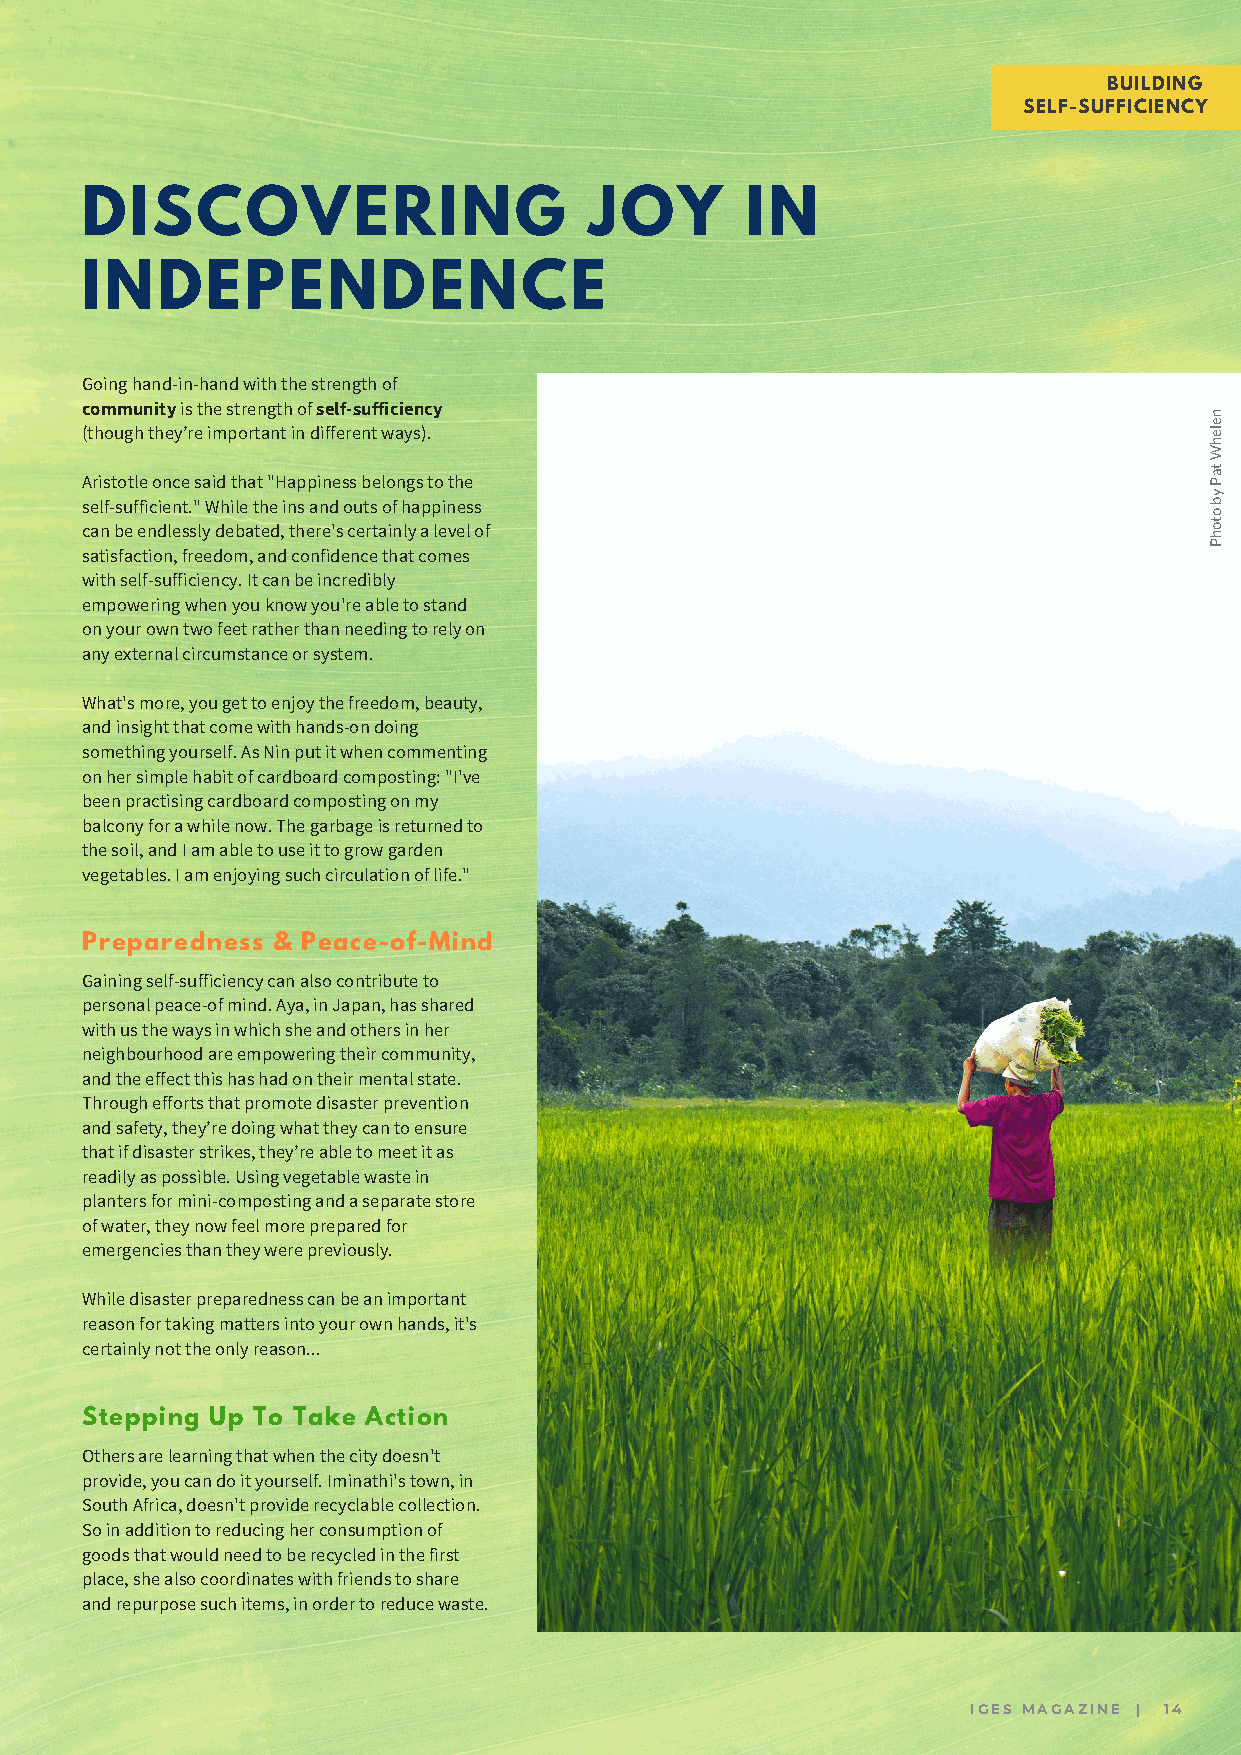
BUILDING
 SELF-SUFFICIENCY
 DISCOVERING                       JOY       IN
 INDEPENDENCE
 Going hand-in-hand with the strength of
 community is the strength of self-sufficiency
 n
 e
 (though they’re important in different ways).                              el
 h
 W
 Aristotle once said that "Happiness belongs to the
 Pat
 y
 self-sufficient." While the ins and outs of happiness
 o
 b
 can be endlessly debated, there's certainly a level of
 hot
 P
 satisfaction, freedom, and confidence that comes
 with self-sufficiency. It can be incredibly
 empowering when you know you're able to stand
 on your own two feet rather than needing to rely on
 any external circumstance or system.
 What's more, you get to enjoy the freedom, beauty,
 and insight that come with hands-on doing
 something yourself. As Nin put it when commenting
 on her simple habit of cardboard composting: "I've
 been practising cardboard composting on my
 balcony for a while now. The garbage is returned to
 the soil, and I am able to use it to grow garden
 vegetables. I am enjoying such circulation of life."
 Preparedness & Peace-of-Mind
 Gaining self-sufficiency can also contribute to
 personal peace-of mind. Aya, in Japan, has shared
 with us the ways in which she and others in her
 neighbourhood are empowering their community,
 and the effect this has had on their mental state.
 Through efforts that promote disaster prevention
 and safety, they’re doing what they can to ensure
 that if disaster strikes, they’re able to meet it as
 readily as possible. Using vegetable waste in
 planters for mini-composting and a separate store
 of water, they now feel more prepared for
 emergencies than they were previously.
 While disaster preparedness can be an important
 reason for taking matters into your own hands, it's
 certainly not the only reason...
 Stepping Up To Take Action
 Others are learning that when the city doesn't
 provide, you can do it yourself. Iminathi's town, in
 South Africa, doesn't provide recyclable collection.
 So in addition to reducing her consumption of
 goods that would need to be recycled in the first
 place, she also coordinates with friends to share
 and repurpose such items, in order to reduce waste.
 IGES MAGAZINE | 14